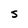
Character: S